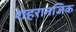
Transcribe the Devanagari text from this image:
शहरानजिक